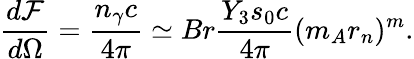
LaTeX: \frac{d{\cal F}}{d\Omega}=\frac{n_{\gamma}c}{4\pi}\simeq Br\frac{Y_{3}s_{0}c}{4\pi}(m_{A}r_{n})^{m}.